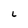
Character: L